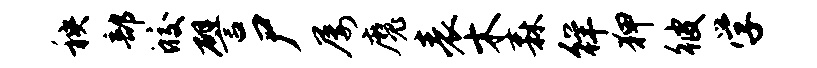
秧部皎譬尸屡魔表木森徉狎彼学